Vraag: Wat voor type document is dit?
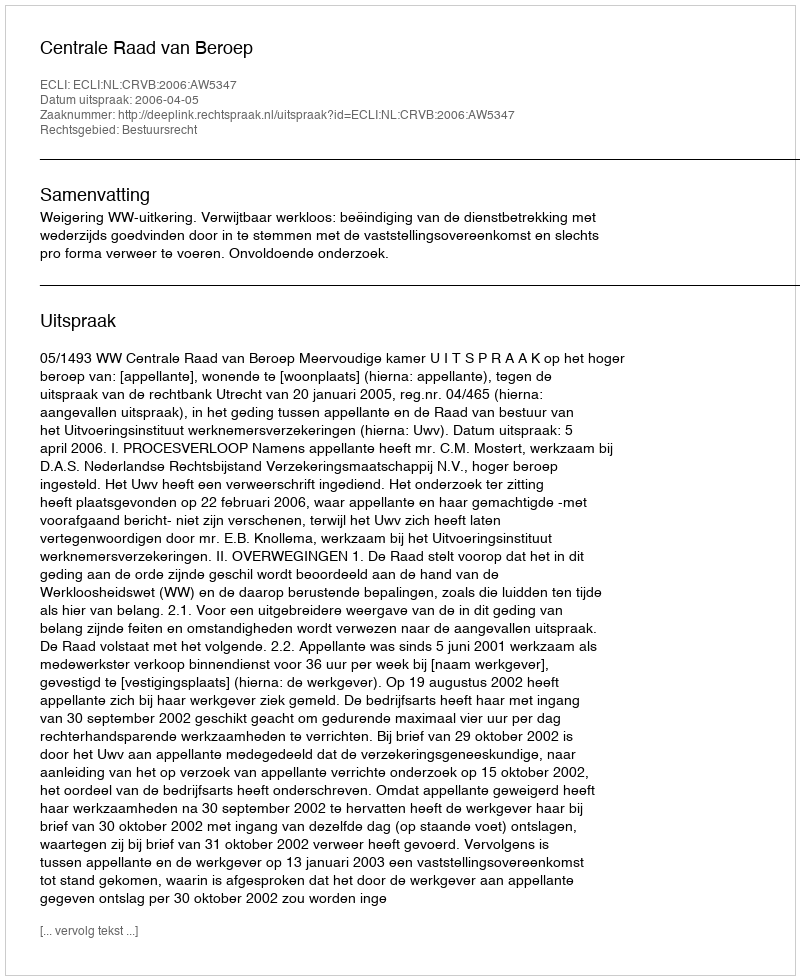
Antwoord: Uitspraak